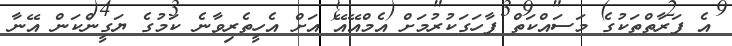
އެ ފަރާތްތަކުގެ މަސައްކަތް ފާހަގަކުރުމަށް އެމްއޭއޭ އަށް އެހީތެރިވާނެ ކަމުގެ ޔަގީންކަން އޭނާ